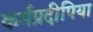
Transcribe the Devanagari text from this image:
कर्मप्रदीपिया